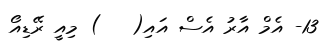
13- އެމް އާރު އެސް އައި(   ) މިއީ ރޭޑިއޯ